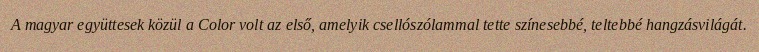
A magyar együttesek közül a Color volt az első, amelyik csellószólammal tette színesebbé, teltebbé hangzásvilágát.